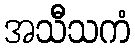
အသီသကံ